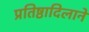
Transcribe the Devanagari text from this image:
प्रतिष्ठादिलाने